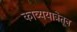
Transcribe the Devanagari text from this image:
काव्ययात्रेतून